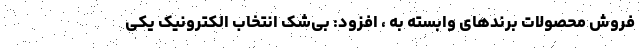
فروش محصولات برندهای وابسته به ، افزود: بی‌شک انتخاب الکترونیک یکی